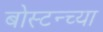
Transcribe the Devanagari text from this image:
बोस्टन्च्या